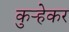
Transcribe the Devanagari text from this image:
कुऱ्हेकर